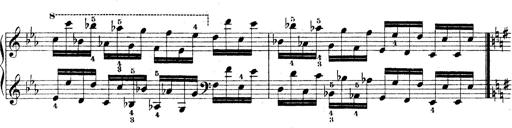
Title: Technische Studien
Composer: Franz Liszt